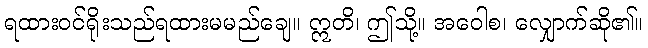
ရထားဝင်ရိုးသည်ရထားမမည်ချေ။ ဣတိ၊ ဤသို့။ အဝေါစ၊ လျှောက်ဆို၏။